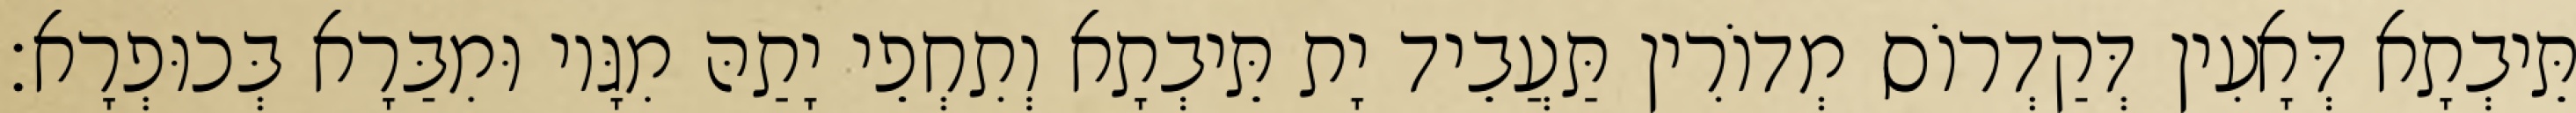
תֵּיבְתָא דְּאָעִין דְּקַדְרוֹס מְדוֹרִין תַּעֲבֵיד יָת תֵּיבְתָא וְתִחְפֵי יָתַהּ מִגָּיו וּמִבַּרָא בְּכוּפְרָא׃